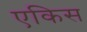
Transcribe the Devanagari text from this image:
एकिस